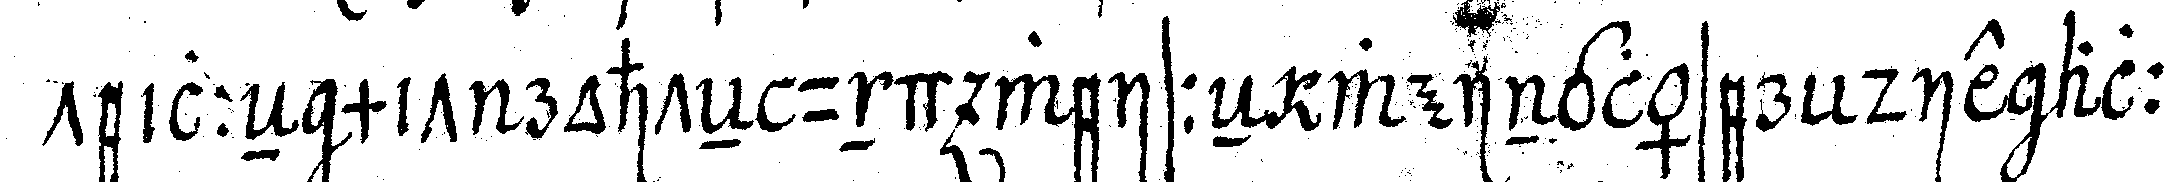
teilleN mit rohteN und weisseN weingläser die alle